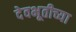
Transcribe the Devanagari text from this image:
देवभूतीच्या